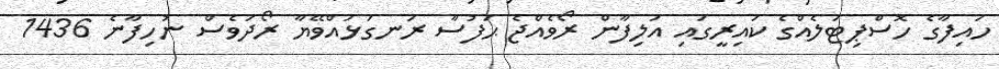
ހައިފާގެ ހޮސްޕިޓަލެއްގެ ކައިރީގައި އަލިފާން ރޯވެއްޖެ ޙަފުސާ ރަނގަޅައްވޭޔާ ރޯދަވެސް ނުހިފާނެ 1436